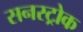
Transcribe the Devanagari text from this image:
सनस्ट्रोक